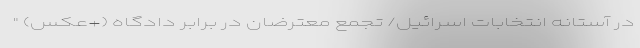
در آستانه انتخابات اسرائیل/ تجمع معترضان در برابر دادگاه (+عکس) "